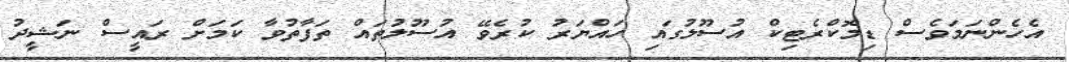
އެހެންނަމަވެސް ޑިމޮކްރެޓިކް އުސޫލުގައި ހައްޔަރު ކުރެވޭ އުސޫލުތައް ތަފާތުވާ ކަމަށް ރައީސް ނަޝީދު